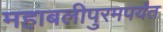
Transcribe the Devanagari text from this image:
महाबलीपुरमपर्यंत